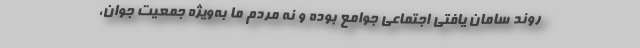
روند سامان یافتی اجتماعی جوامع بوده و نه مردم ما به‌ویژه جمعیت جوان،